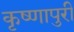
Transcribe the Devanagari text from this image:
कृष्णापुरी